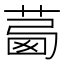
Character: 𦴛